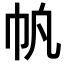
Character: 𫶿